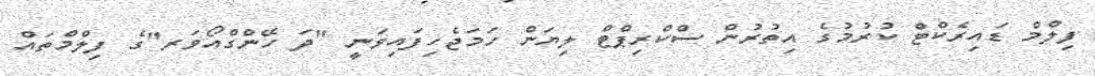
ފިލްމް ޑައިރެކްޓް ކުރުމުގެ އިތުރުން ސްކްރިޕްޓް ލިޔަން ހަމަޖެހިފައިވަނީ "ދަ ހޭންގްއޯވަރ"ގެ ފިލްމްތައް